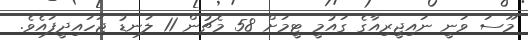
މޫސަ ވަނީ ނައިޖީރިއާގެ ގައުމީ ޓީމަށް 58 މެޗުން 11 ލަނޑު ޖަހައިދީފައެވެ.